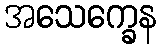
အသေက္ခေန